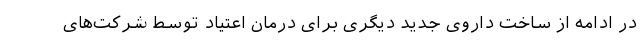
در ادامه از ساخت داروی جدید دیگری برای درمان اعتیاد توسط شرکت‌های